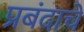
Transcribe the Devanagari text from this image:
प्रबंदाचे